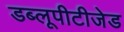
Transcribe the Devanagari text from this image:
डब्लूपीटीजेड